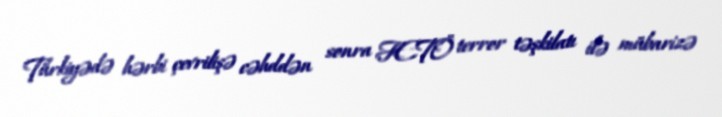
Türkiyədə hərbi çevrilişə cəhddən sonra FETÖ terror təşkilatı ilə mübarizə